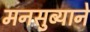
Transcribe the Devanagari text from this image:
मनसुब्याने